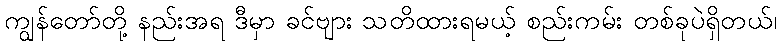
ကျွန်တော်တို့ နည်းအရ ဒီမှာ ခင်ဗျား သတိထားရမယ့် စည်းကမ်း တစ်ခုပဲရှိတယ်၊